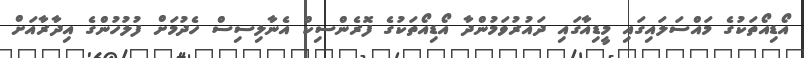
އޯޑިއޯތަކުގެ މައްސަލައިގައި މީޑިއާގައި ދައުރުވަމުންދާ އޯޑިއޯތަކުގެ ފޮރެންސިކް އެނާލިސިސް ހެދުމަށް ފުލުހުންގެ އިދާރާއަށް